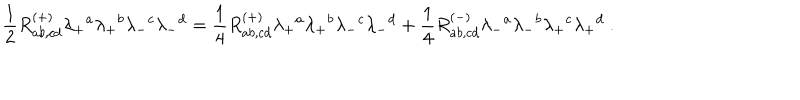
{ \frac { 1 } { 2 } } R _ { a b , c d } ^ { ( + ) } \lambda _ { + } { } ^ { a } \lambda _ { + } { } ^ { b } \lambda _ { - } { } ^ { c } \lambda _ { - } { } ^ { d } = { \frac { 1 } { 4 } } R _ { a b , c d } ^ { ( + ) } \lambda _ { + } { } ^ { a } \lambda _ { + } { } ^ { b } \lambda _ { - } { } ^ { c } \lambda _ { - } { } ^ { d } + { \frac { 1 } { 4 } } R _ { a b , c d } ^ { ( - ) } \lambda _ { - } { } ^ { a } \lambda _ { - } { } ^ { b } \lambda _ { + } { } ^ { c } \lambda _ { + } { } ^ { d } \ .